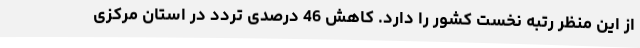
از این منظر رتبه نخست کشور را دارد. کاهش 46 درصدی تردد در استان مرکزی